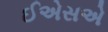
ઈએસએ